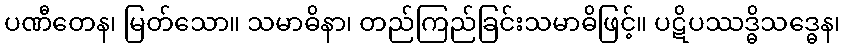
ပဏီတေန၊ မြတ်သော။ သမာဓိနာ၊ တည်ကြည်ခြင်းသမာဓိဖြင့်။ ပဋိပဿဒ္ဓိသဒ္ဓေန၊